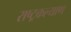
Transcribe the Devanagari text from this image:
राष्ट्रकल्याण